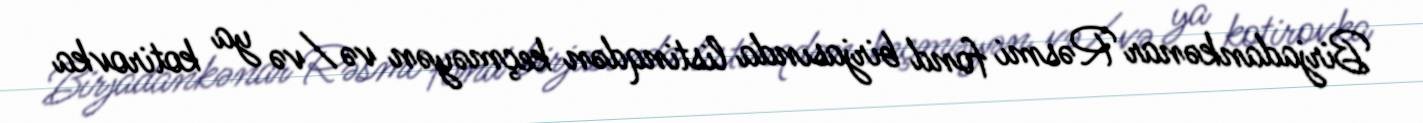
Birjadankənar Rəsmi fond birjasında listinqdən keçməyən və/və ya kotirovka